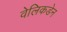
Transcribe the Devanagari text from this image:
वेलिकडेन